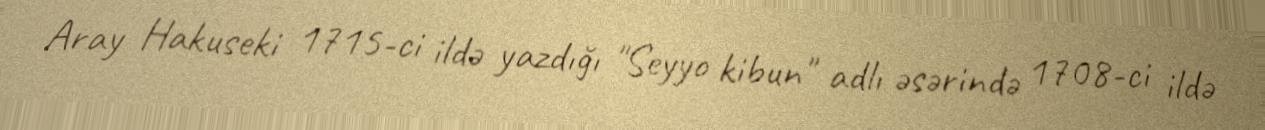
Aray Hakuseki 1715-ci ildə yazdığı "Seyyo kibun" adlı əsərində 1708-ci ildə